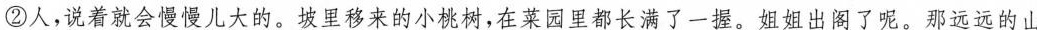
②人，说着就会慢慢儿大的。坡里移来的小桃树,在莱园里都长满了一握。姐姐出阁了呢。那远远的山